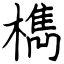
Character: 檇